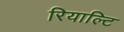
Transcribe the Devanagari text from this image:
रियाल्टि